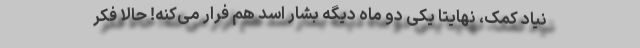
نیاد کمک، نهایتاً یکی دو ماه دیگه بشّار اسد هم فرار می‌کنه! حالا فکر